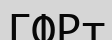
ГФРт